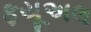
ફયૂઅલ